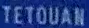
TETOUAN